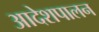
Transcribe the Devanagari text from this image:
आदेशपालन